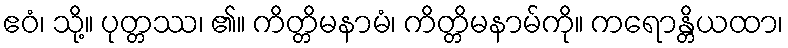
ဧဝံ၊ သို့။ ပုတ္တဿ၊ ၏။ ကိတ္တိမနာမံ၊ ကိတ္တိမနာမ်ကို။ ကရောန္တိယထာ၊